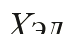
Хэл